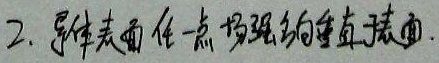
2. 导体表面任一点场强均垂直该面.